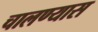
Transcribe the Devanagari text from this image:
चालण्यास